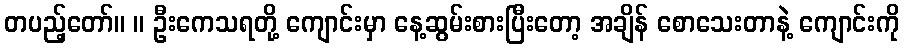
တပည့်တော်။ ။ ဦးကေသရတို့ ကျောင်းမှာ နေ့ဆွမ်းစားပြီးတော့ အချိန် စောသေးတာနဲ့ ကျောင်းကို